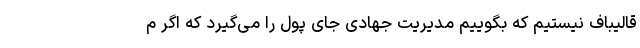
قالیباف نیستیم که بگوییم مدیریت جهادی جای پول را می‌گیرد که اگر م